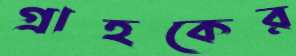
গ্রাহকের